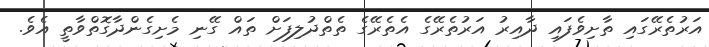
އަރުތެރޭގައި ތާށިވެފައި ދާއިރު އަރުތެރޭގެ އެތެރޭގެ ތެތްދުލިފަށް ތައް ގޭނި މެށިގެންދާގޮތްވާތީ އެވެ.